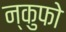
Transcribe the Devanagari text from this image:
न्कुफो